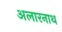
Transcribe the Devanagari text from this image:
अलारनाथ